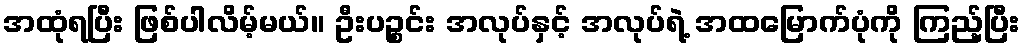
အထုံရပြီး ဖြစ်ပါလိမ့်မယ်။ ဦးပဉ္စင်း အလုပ်နှင့် အလုပ်ရဲ့ အထမြောက်ပုံကို ကြည့်ပြီး